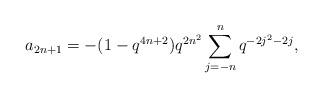
LaTeX: \begin{align*} a_{2n+1} = -(1-q^{4n+2})q^{2n^2}\sum_{j=-n}^{n}q^{-2j^2-2j},\end{align*}